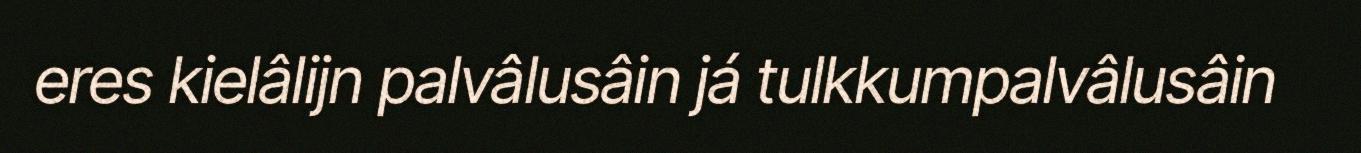
eres kielâlijn palvâlusâin já tulkkumpalvâlusâin